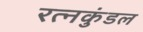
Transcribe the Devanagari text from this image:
रत्नकुंडल